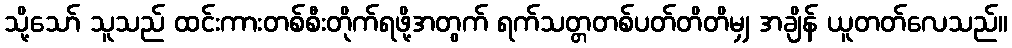
သို့သော် သူသည် ထင်းကားတစ်စီးတိုက်ရဖို့အတွက် ရက်သတ္တတစ်ပတ်တိတိမျှ အချိန် ယူတတ်လေသည်။